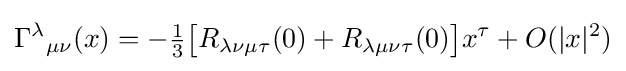
{\Gamma ^{\lambda }}_{\mu \nu }(x)=-{\tfrac {1}{3}}{\bigl [}R_{\lambda \nu \mu \tau }(0)+R_{\lambda \mu \nu \tau }(0){\bigr ]}x^{\tau }+O(|x|^{2})